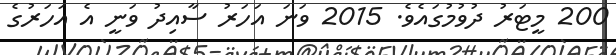
200 މީޓަރު ދުވުމުގައެވެ. 2015 ވަނަ އަހަރު ސާއިދު ވަނީ އެ އަހަރުގެ